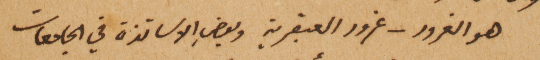
هو الغرور – غرور العبقرية وبعضِ الاساتذة في الجامعات